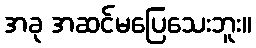
အခု အဆင်မပြေသေးဘူး။